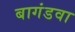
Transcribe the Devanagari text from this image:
बागंडवा